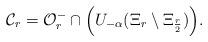
LaTeX: \begin{align*}\mathcal{C}_r=\mathcal{O}_r^-\cap\Big(U_{-\alpha}(\Xi_r\setminus\Xi_{\frac r2})\Big).\end{align*}